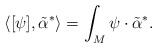
\begin{align*}\langle [\psi], \tilde{\alpha}^* \rangle= \int_M \psi\cdot\tilde{\alpha}^* .\end{align*}